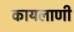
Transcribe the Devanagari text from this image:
कायलाणी